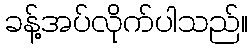
ခန့်အပ်လိုက်ပါသည်။